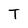
Character: T